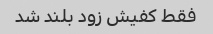
فقط کفیش زود بلند شد